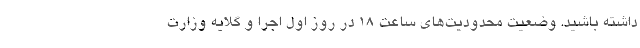
داشته باشید. وضعیت محدودیت‌های ساعت ۱۸ در روز اول اجرا و گلایه وزارت